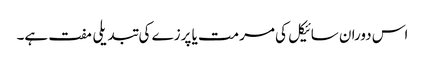
اس دوران سائیکل کی مرمت یا پرزے کی تبدیلی مفت ہے۔